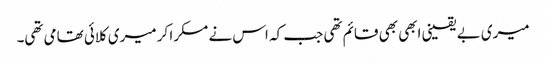
میری بے یقینی ابھی بھی قائم تھی جب کہ اس نے مسکرا کر میری کلائی تھامی تھی۔